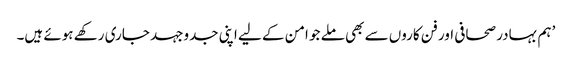
’ہم بہادر صحافی اور فن کاروں سے بھی ملے جو امن کے لیے اپنی جدوجہد جاری رکھے ہوئے ہیں۔